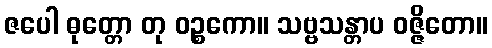
ဇပေါ ဓုတ္တော တု ဝဉ္စကော။ သဗ္ဗသန္တာပ ဝဇ္ဇိတော။